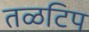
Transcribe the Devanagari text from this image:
तळटिप